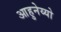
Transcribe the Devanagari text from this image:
आहुनेय्यो